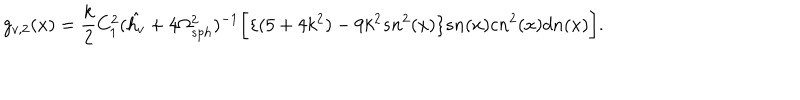
g _ { v , 2 } ( x ) = \frac { k } { 2 } C _ { 1 } ^ { 2 } ( { \hat { h _ { v } } } + 4 \Omega _ { s p h } ^ { 2 } ) ^ { - 1 } \bigg [ \{ ( 5 + 4 k ^ { 2 } ) - 9 k ^ { 2 } s n ^ { 2 } ( x ) \} s n ( x ) c n ^ { 2 } ( x ) d n ( x ) \bigg ] .